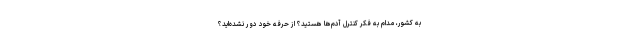
به کشور، مدام به فکر کنترل آدم‌ها هستید؟ از حرفه خود دور نشده‌اید؟